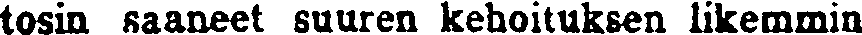
tosin saaneet suuren kehoituksen likemmin